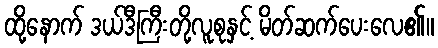
ထို့နောက် ဒယ်ဒီကြီးတို့လူစုနှင့် မိတ်ဆက်ပေးလေ၏။